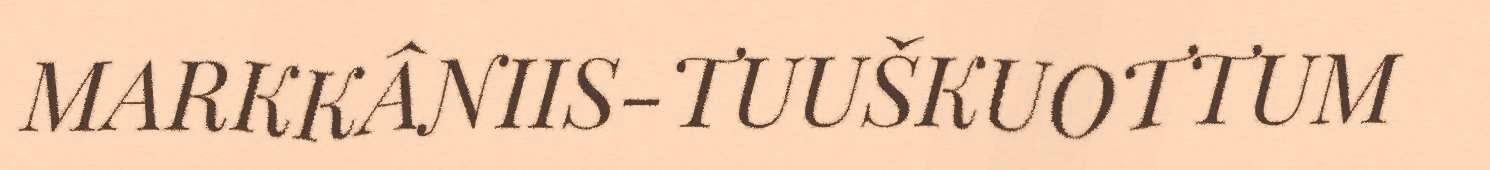
MARKKÂNIIS-TUUŠKUOTTUM